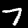
Digit: 7